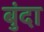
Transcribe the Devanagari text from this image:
बुंदा